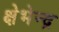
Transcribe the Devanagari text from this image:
क्षेभेन्द्र